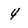
Character: 4